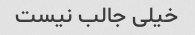
خیلی جالب نیست